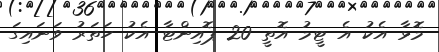
މޮޅާ އެކު އެ ޓީމު އޮތީ 20 ޕޮއިންޓާ އެކު ހަތަރު ވަނައިގަ